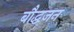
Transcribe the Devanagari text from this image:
बौद्धजन